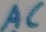
Text: AC